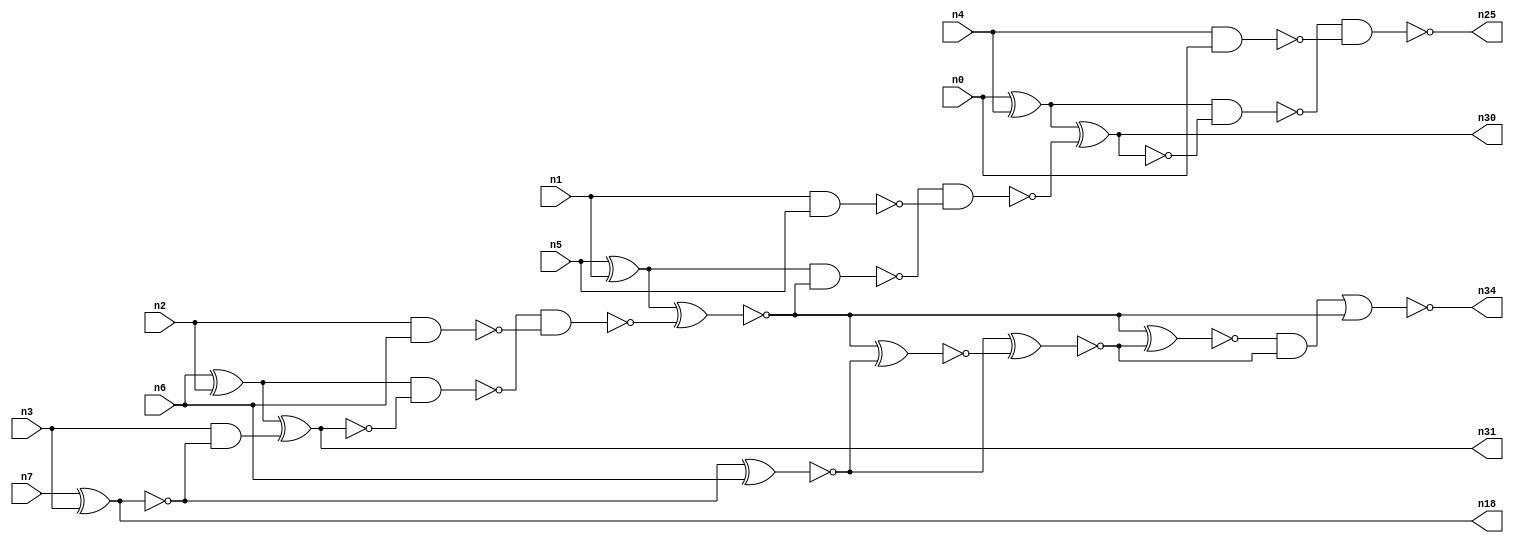
// This file contains a pareto-optimal circuit with respect to area and the fault-resilince parameter p_fault which is defined as:
// "For all input vectors, the ratio of the no. of faults observable at the POs to the no. of total possible faults in the circuit".
// This code is part of the ReCkt library (https://github.com/umar-afzaal/ReCkt) distributed under The MIT License.
// When used, please cite the following article(s):
// U. Afzaal, A.S. Hassan, M. Usman and J.A. Lee, "On the Evolutionary Synthesis of Increased Fault-resilience Arithmetic Circuits".

// p_fault = 75.0 %    (Lower is better)
// gates = 26.0
// levels = 11
// area = 34.94    (For MCNC library relative to nand2)
// power = 166.1 uW    (Berkely-SIS for MCNC library @ Vdd=5V and 20 MHz clock)
// delay = 19.8 ns    (Berkely-ABC for MCNC library)
// PDP = 3.28878e-12 J

// Pin mapping:
// {n0, n1, n2, n3} = A[3:0]
// {n4, n5, n6, n7} = B[3:0]
// {n25, n30, n34, n31, n18} = O[4:0]

module addr4u_area_10 (
n0, n1, n2, n3, n4, n5, n6, n7, 
n25, n30, n34, n31, n18
);

input n0, n1, n2, n3, n4, n5, n6, n7;
output n25, n30, n34, n31, n18;
wire n29, n13, n24, n20, n9, n23, n14, n16, n8, n22, n15, n32, n10, n26, n19, n21, n33, n27, n11, n12, 
n17;

nand (n8, n2, n6);
xnor (n9, n7, n3);
nand (n10, n1, n5);
nand (n11, n4, n0);
xor (n12, n5, n1);
xor (n13, n0, n4);
xor (n14, n6, n2);
and (n15, n3, n9);
xnor (n16, n14, n15);
nand (n17, n14, n16);
nand (n18, n9, n9);
nand (n19, n17, n8);
xnor (n20, n12, n19);
nand (n21, n12, n20);
nand (n22, n21, n10);
xnor (n23, n13, n22);
nand (n24, n13, n23);
nand (n25, n24, n11);
xnor (n26, n9, n6);
xnor (n27, n20, n26);
xnor (n29, n26, n27);
nand (n30, n23, n23);
nor (n31, n16, n16);
xnor (n32, n20, n29);
and (n33, n32, n29);
nor (n34, n33, n20);

endmodule